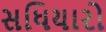
સધિયારો